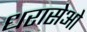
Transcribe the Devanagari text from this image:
धरासेओ